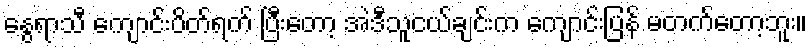
နွေရာသီ ကျောင်းပိတ်ရက် ပြီးတော့ အဲဒီသူငယ်ချင်းက ကျောင်းပြန် မတက်တော့ဘူး။